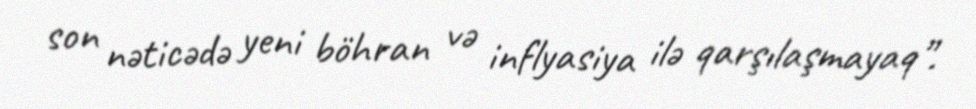
son nəticədə yeni böhran və inflyasiya ilə qarşılaşmayaq”.